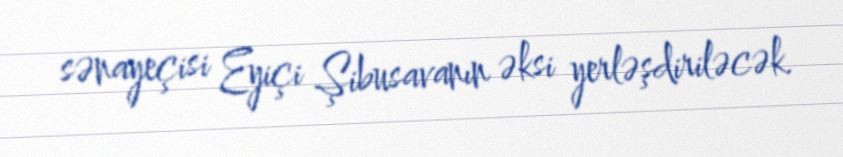
sənayeçisi Eyiçi Şibusavanın əksi yerləşdiriləcək.